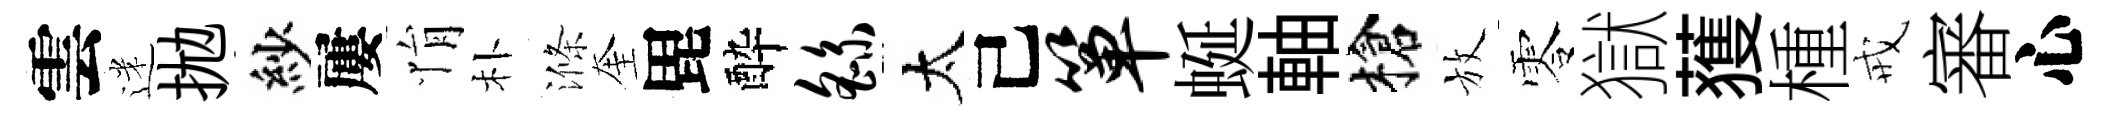
雲迷拋紗屢悁朴滌奎毘酔繇太己箪蜒軸槍放零獄𫉬㮔戒審心